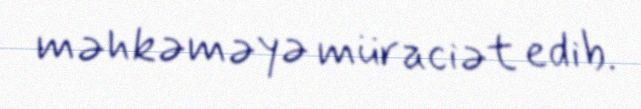
məhkəməyə müraciət edib.